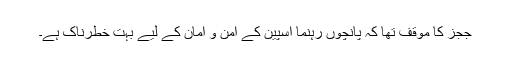
ججز کا موقف تھا کہ پانچوں رہنما اسپین کے امن و امان کے لیے بہت خطرناک ہے۔